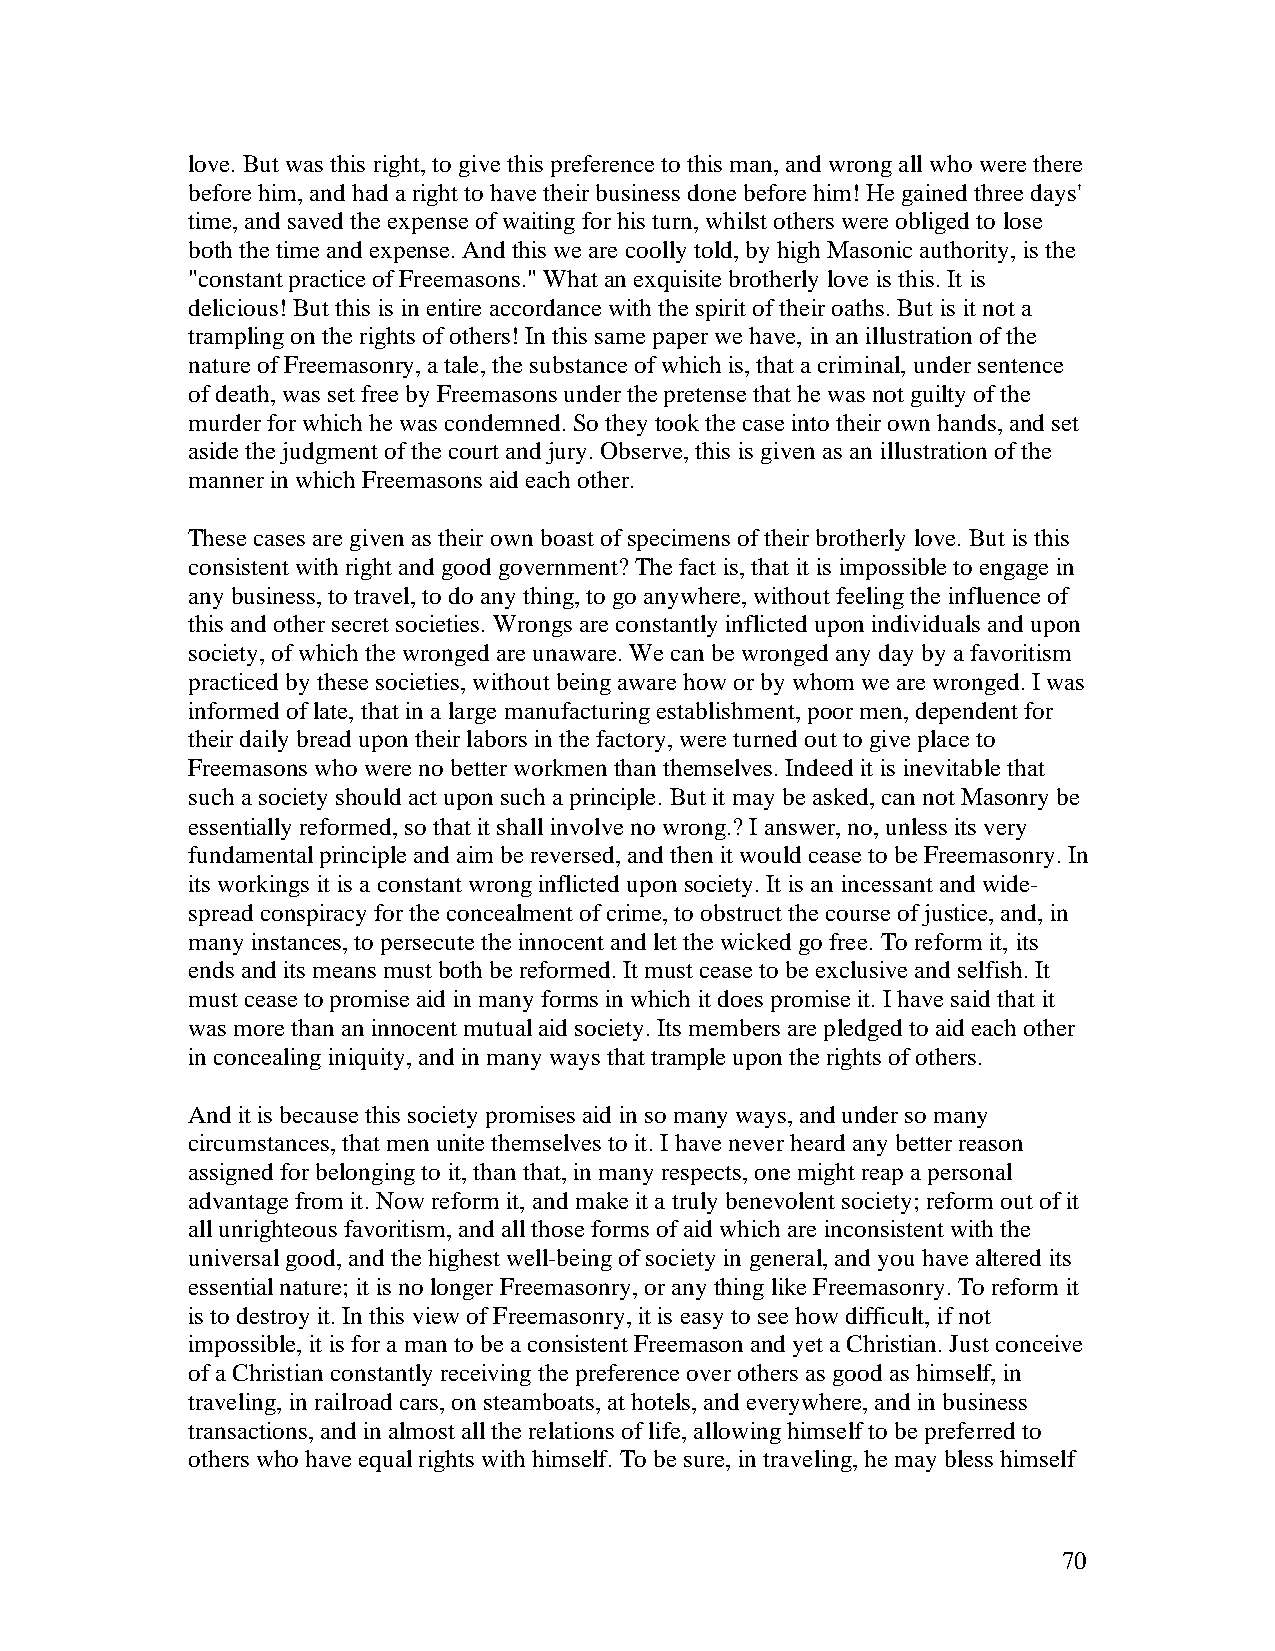
love. But was this right, to give this preference to this man, and wrong all who were there
 before him, and had a right to have their business done before him! He gained three days'
 time, and saved the expense of waiting for his turn, whilst others were obliged to lose
 both the time and expense. And this we are coolly told, by high Masonic authority, is the
 "constant practice of Freemasons." What an exquisite brotherly love is this. It is
 delicious! But this is in entire accordance with the spirit of their oaths. But is it not a
 trampling on the rights of others! In this same paper we have, in an illustration of the
 nature of Freemasonry, a tale, the substance of which is, that a criminal, under sentence
 of death, was set free by Freemasons under the pretense that he was not guilty of the
 murder for which he was condemned. So they took the case into their own hands, and set
 aside the judgment of the court and jury. Observe, this is given as an illustration of the
 manner in which Freemasons aid each other.
 These cases are given as their own boast of specimens of their brotherly love. But is this
 consistent with right and good government? The fact is, that it is impossible to engage in
 any business, to travel, to do any thing, to go anywhere, without feeling the influence of
 this and other secret societies. Wrongs are constantly inflicted upon individuals and upon
 society, of which the wronged are unaware. We can be wronged any day by a favoritism
 practiced by these societies, without being aware how or by whom we are wronged. I was
 informed of late, that in a large manufacturing establishment, poor men, dependent for
 their daily bread upon their labors in the factory, were turned out to give place to
 Freemasons who were no better workmen than themselves. Indeed it is inevitable that
 such a society should act upon such a principle. But it may be asked, can not Masonry be
 essentially reformed, so that it shall involve no wrong.? I answer, no, unless its very
 fundamental principle and aim be reversed, and then it would cease to be Freemasonry. In
 its workings it is a constant wrong inflicted upon society. It is an incessant and wide-
 spread conspiracy for the concealment of crime, to obstruct the course of justice, and, in
 many instances, to persecute the innocent and let the wicked go free. To reform it, its
 ends and its means must both be reformed. It must cease to be exclusive and selfish. It
 must cease to promise aid in many forms in which it does promise it. I have said that it
 was more than an innocent mutual aid society. Its members are pledged to aid each other
 in concealing iniquity, and in many ways that trample upon the rights of others.
 And it is because this society promises aid in so many ways, and under so many
 circumstances, that men unite themselves to it. I have never heard any better reason
 assigned for belonging to it, than that, in many respects, one might reap a personal
 advantage from it. Now reform it, and make it a truly benevolent society; reform out of it
 all unrighteous favoritism, and all those forms of aid which are inconsistent with the
 universal good, and the highest well-being of society in general, and you have altered its
 essential nature; it is no longer Freemasonry, or any thing like Freemasonry. To reform it
 is to destroy it. In this view of Freemasonry, it is easy to see how difficult, if not
 impossible, it is for a man to be a consistent Freemason and yet a Christian. Just conceive
 of a Christian constantly receiving the preference over others as good as himself, in
 traveling, in railroad cars, on steamboats, at hotels, and everywhere, and in business
 transactions, and in almost all the relations of life, allowing himself to be preferred to
 others who have equal rights with himself. To be sure, in traveling, he may bless himself
 70